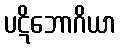
ပဋိဘောဂိယာ